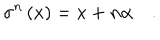
LaTeX: \sigma ^ { n } \left( x \right) = x + n \alpha \quad .